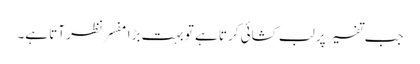
جب تفسیر پر لب کشائی کرتا ہے تو بہت بڑا مفسر نظر آتا ہے۔